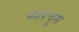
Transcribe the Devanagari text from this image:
फारचूंस